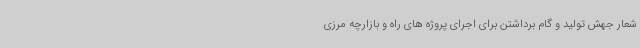
شعار جهش تولید و گام برداشتن برای اجرای پروژه های راه و بازارچه مرزی